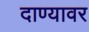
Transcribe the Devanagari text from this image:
दाण्यावर